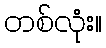
တစ်လုံး။